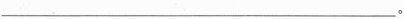
___